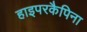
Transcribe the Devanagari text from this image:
हाइपरकैपिना